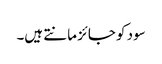
سود کو جائز مانتے ہیں۔